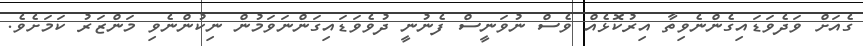
ގެއަށް ވަދެވަޑައިގެންނެވިތާ އިރުކޮޅެއް ވެސް ނުވަނީސް ފެނުނީ ދުވެވަޑައިގަންނަވަމުން ނިކުންނެވި މަންޒަރު ކަމަށެވެ.